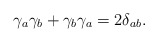
\begin{align*}\gamma _a\gamma _b+\gamma _b\gamma _a=2\delta_{ab}.\end{align*}